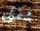
شقتى